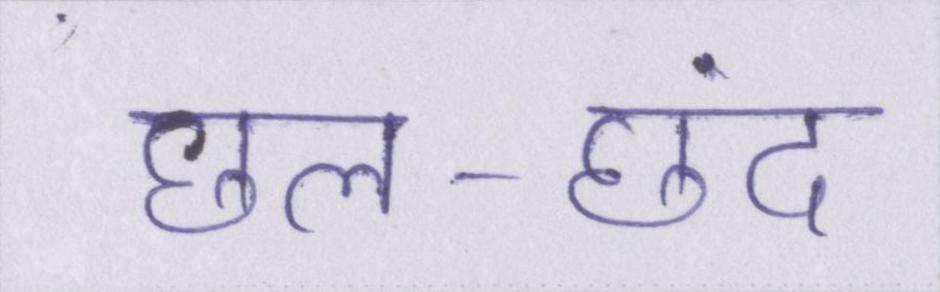
छल-छंद